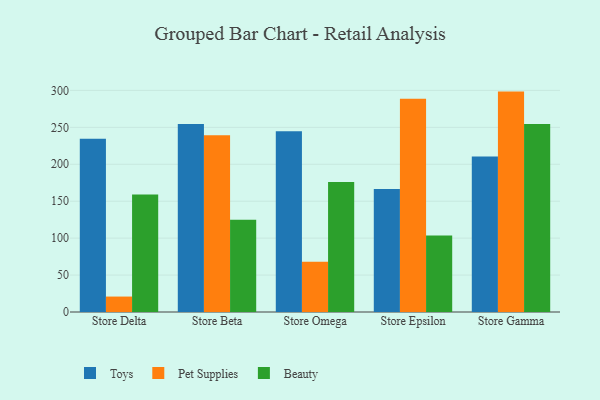
{"axis": {"x": "Store", "y": "Operating Costs (USD K)"}, "legend": ["Beauty", "Pet Supplies", "Toys"], "data": [{"x": "Store Delta", "y": 234.7, "type": "Toys"}, {"x": "Store Delta", "y": 20.9, "type": "Pet Supplies"}, {"x": "Store Delta", "y": 159.0, "type": "Beauty"}, {"x": "Store Beta", "y": 254.4, "type": "Toys"}, {"x": "Store Beta", "y": 239.2, "type": "Pet Supplies"}, {"x": "Store Beta", "y": 125.0, "type": "Beauty"}, {"x": "Store Omega", "y": 244.8, "type": "Toys"}, {"x": "Store Omega", "y": 68.2, "type": "Pet Supplies"}, {"x": "Store Omega", "y": 176.0, "type": "Beauty"}, {"x": "Store Epsilon", "y": 166.4, "type": "Toys"}, {"x": "Store Epsilon", "y": 288.8, "type": "Pet Supplies"}, {"x": "Store Epsilon", "y": 103.6, "type": "Beauty"}, {"x": "Store Gamma", "y": 210.6, "type": "Toys"}, {"x": "Store Gamma", "y": 298.4, "type": "Pet Supplies"}, {"x": "Store Gamma", "y": 254.4, "type": "Beauty"}]}